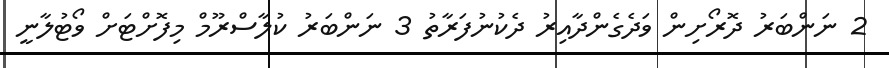
2 ނަންބަރު ދޮރޯށިން ވަދެގެންދާއިރު ދެކުނުފަރާތު 3 ނަންބަރު ކުލާސްރޫމް މިފޮށްޓަށް ވޯޓުލާނީ